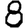
Digit: 8